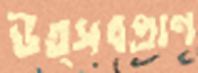
উত্সবপ্রাণ